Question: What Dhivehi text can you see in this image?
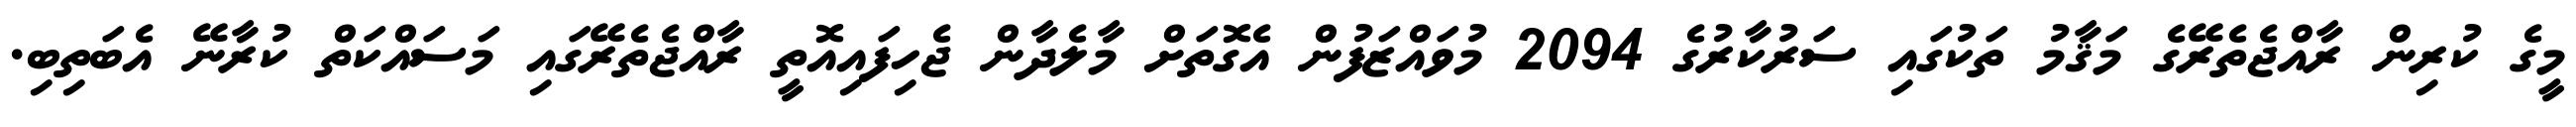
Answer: މީގެ ކުރިން ރާއްޖެތެރޭގެ މަޤާމު ތަކުގައި ސަރުކާރުގެ 2094 މުވައްޒަފުން އެގޮތަށް މާލެދާން ޖެހިފައިއޮތީ ރާއްޖެތެރޭގައި މަސައްކަތް ކުރާނޭ އެބަތިބި.